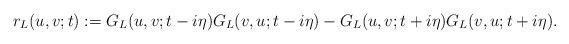
LaTeX: \begin{align*} r_L(u,v;t):=G_L(u,v;t-i\eta)G_L(v,u;t-i\eta)-G_L(u,v;t+i\eta)G_L(v,u;t+i\eta). \end{align*}